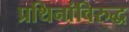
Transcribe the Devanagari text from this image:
प्रथिनांविरुद्ध